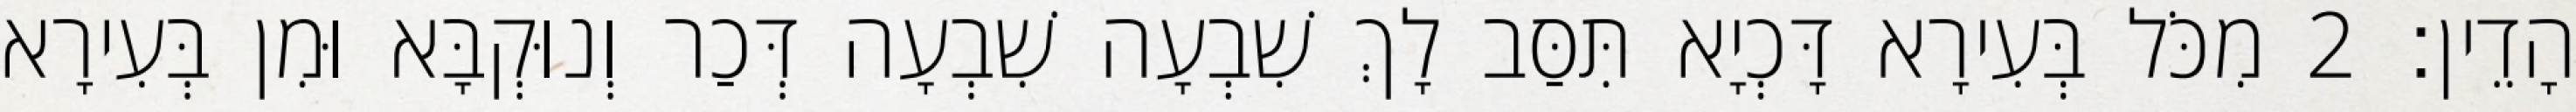
הָדֵין׃ 2 מִכֹּל בְּעִירָא דָּכְיָא תִּסַּב לָךְ שִׁבְעָה שִׁבְעָה דְּכַר וְנוּקְבָּא וּמִן בְּעִירָא